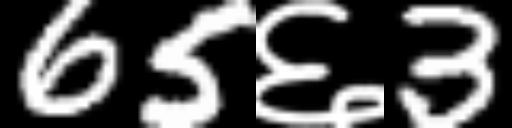
Text: 65६3